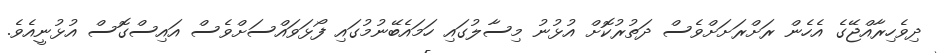
ދިވެހިރާއްޖޭގެ އެހެން ރަށްރަށަށްވެސް ދަތުރުކޮށް އުޅުނު މިސާލުގައި ހަމައެބޭނުމުގައި ފޯޅަވައްސަށްވެސް އައިސްގޮސް އުޅުނީއެވެ.